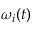
\omega _ { i } ( t )